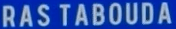
RAS TABOUDA